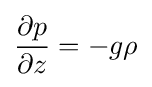
{\frac {\partial p}{\partial z}}=-g\rho